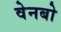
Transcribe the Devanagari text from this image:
वेनबो